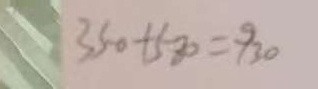
3 5 0 + 5 8 0 = 9 3 0